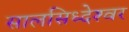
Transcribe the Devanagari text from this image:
सालसिध्‍देश्‍वर